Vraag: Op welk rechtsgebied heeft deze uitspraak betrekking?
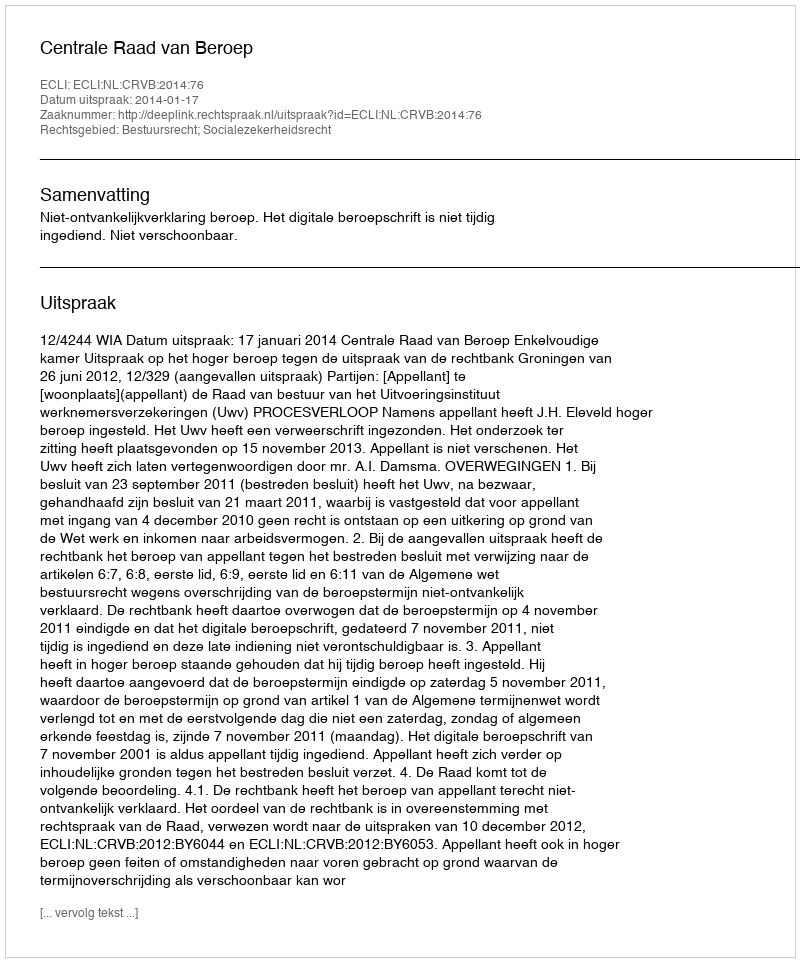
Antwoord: Bestuursrecht; Socialezekerheidsrecht